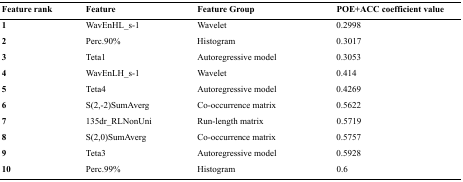
<table><thead><tr><td><b>Feature rank</b></td><td><b>Feature</b></td><td><b>Feature Group</b></td><td><b>POE+ACC coefficient value</b></td></tr></thead><tbody><tr><td><b>1</b></td><td>WavEnHL_s-1</td><td>Wavelet</td><td>0.2998</td></tr><tr><td><b>2</b></td><td>Perc.90%</td><td>Histogram</td><td>0.3017</td></tr><tr><td><b>3</b></td><td>Teta1</td><td>Autoregressive model</td><td>0.3053</td></tr><tr><td><b>4</b></td><td>WavEnLH_s-1</td><td>Wavelet</td><td>0.414</td></tr><tr><td><b>5</b></td><td>Teta4</td><td>Autoregressive model</td><td>0.4269</td></tr><tr><td><b>6</b></td><td>S(2,-2)SumAverg</td><td>Co-occurrence matrix</td><td>0.5622</td></tr><tr><td><b>7</b></td><td>135dr_RLNonUni</td><td>Run-length matrix</td><td>0.5719</td></tr><tr><td><b>8</b></td><td>S(2,0)SumAverg</td><td>Co-occurrence matrix</td><td>0.5757</td></tr><tr><td><b>9</b></td><td>Teta3</td><td>Autoregressive model</td><td>0.5928</td></tr><tr><td><b>10</b></td><td>Perc.99%</td><td>Histogram</td><td>0.6</td></tr></tbody></table>